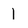
Character: l